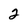
Character: 2